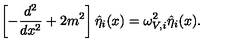
\left[ - \frac { d ^ { 2 } } { d x ^ { 2 } } + 2 m ^ { 2 } \right] \hat { \eta } _ { i } ( x ) = \omega _ { V , i } ^ { 2 } \hat { \eta } _ { i } ( x ) .